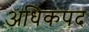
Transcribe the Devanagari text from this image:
अधिकपद